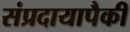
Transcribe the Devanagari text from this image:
संप्रदायापैकी